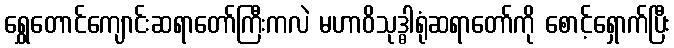
ရွှေတောင်ကျောင်းဆရာတော်ကြီးကလဲ မဟာဝိသုဒ္ဓါရုံဆရာတော်ကို စောင့်ရှောက်ပြီး